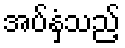
အပ်နှံသည့်